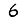
Digit: 6